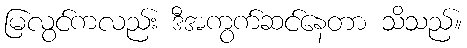
မြလွင်ကလည်း ဒီအကွက်ဆင်နေတာ သိသည်။